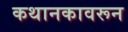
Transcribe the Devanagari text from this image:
कथानकावरून